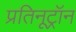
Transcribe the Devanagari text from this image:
प्रतिनूट्रॉन